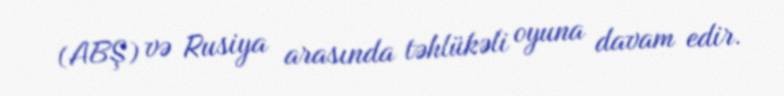
(ABŞ) və Rusiya arasında təhlükəli oyuna davam edir.